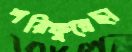
শরিফুন্নেছা